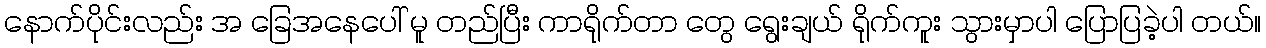
နောက်ပိုင်းလည်း အ ခြေအနေပေါ် မူ တည်ပြီး ကာရိုက်တာ တွေ ရွေးချယ် ရိုက်ကူး သွားမှာပါ ပြောပြခဲ့ပါ တယ်။